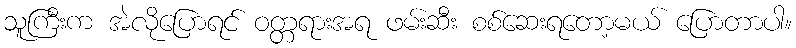
သူကြီးက အဲလိုပြောရင် ဝတ္တရားအရ ဖမ်းဆီး စစ်ဆေးရတော့မယ် ပြောတာပါ။